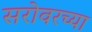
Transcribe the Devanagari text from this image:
सरोवरच्या